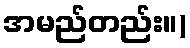
အမည်တည်း။)